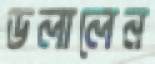
ডলালেন